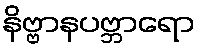
နိဗ္ဗာနပဗ္ဘာရော